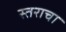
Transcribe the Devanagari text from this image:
स्तराचा